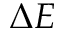
\Delta E